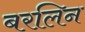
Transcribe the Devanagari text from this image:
बरलिन